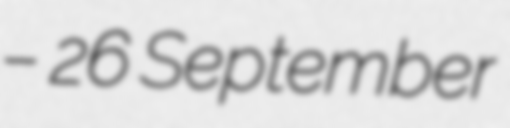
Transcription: – 26 September